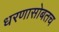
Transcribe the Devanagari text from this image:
धरणासोबतच